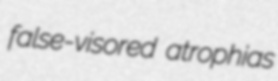
false-visored atrophias